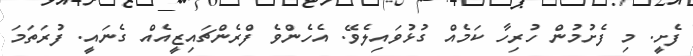
ފެށީ. މި ފެށުމުން ހުރިހާ ކަމެއް ގުޅުވައިލެވޭ. އެހެންވެ ފްރެންޗައިޒީއެއް ގެނައީ. ފުރަތަމަ